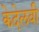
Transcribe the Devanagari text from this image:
केदेलवी